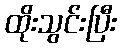
ထိုးသွင်းပြီး